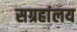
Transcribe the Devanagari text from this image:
सग्रहांलय